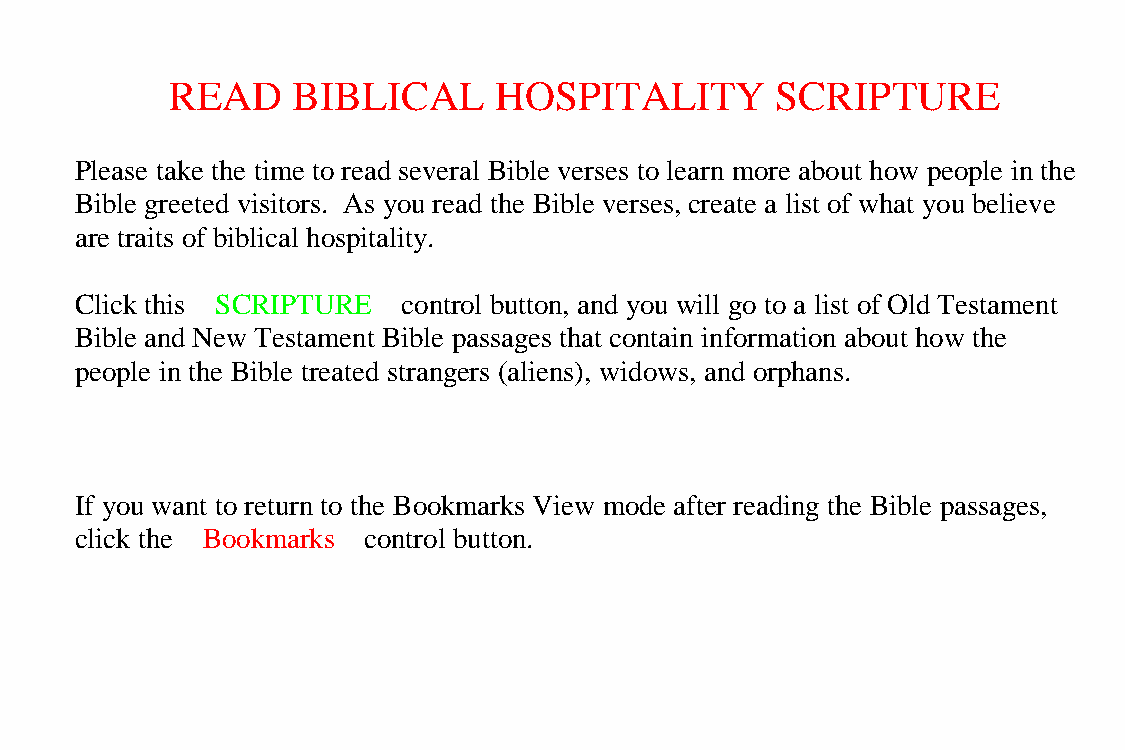
READ    BIBLICAL      HOSPITALITY       SCRIPTURE
 Please take the time to read several Bible verses to learn more about how people in the
 Bible greeted visitors. As you read the Bible verses, create a list of what you believe
 are traits of biblical hospitality.
 Click this SCRIPTURE  control button, and you will go to a list of Old Testament
 Bible and New Testament Bible passages that contain information about how the
 people in the Bible treated strangers (aliens), widows, and orphans.
 If you want to return to the Bookmarks View mode after reading the Bible passages,
 click the Bookmarks control button.